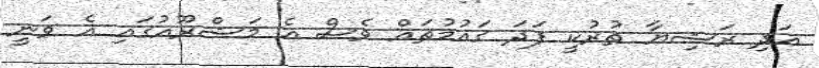
އަދި ރަޝިޔާ ތުރުކީ ފަދަ ގައުމުތައް ވެސް އެ މަޝްރޫއުގައި އެ ވަނީ